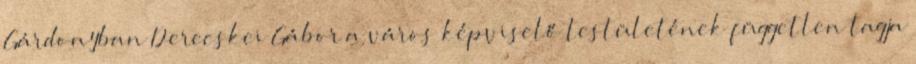
Gárdonyban Derecskei Gábor a város képviselő testületének független tagja